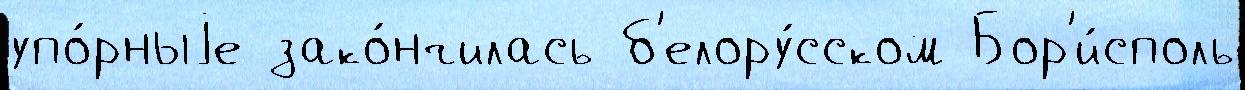
упо́рныjе зако́нчилась б'елору́сском Бор'и́споль